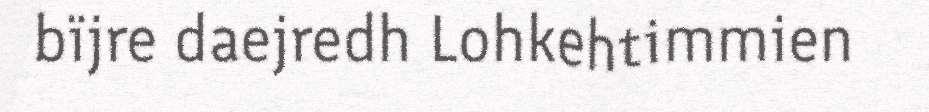
bïjre daejredh Lohkehtimmien